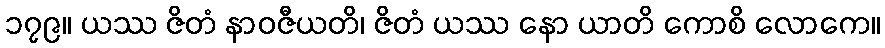
၁၇၉။ ယဿ ဇိတံ နာဝဇီယတိ၊ ဇိတံ ယဿ နော ယာတိ ကောစိ လောကေ။